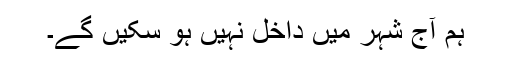
ہم آج شہر میں داخل نہیں ہو سکیں گے۔